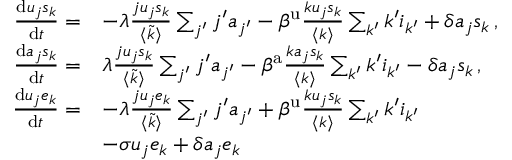
\begin{array} { r l } { \frac { \mathrm { d } u _ { j } s _ { k } } { \mathrm { d } t } = } & { - \lambda \frac { j u _ { j } s _ { k } } { \langle \tilde { k } \rangle } \sum _ { j ^ { \prime } } j ^ { \prime } a _ { j ^ { \prime } } - \beta ^ { \mathrm { u } } \frac { k u _ { j } s _ { k } } { \langle k \rangle } \sum _ { k ^ { \prime } } k ^ { \prime } i _ { k ^ { \prime } } + \delta a _ { j } s _ { k } \, , } \\ { \frac { \mathrm { d } a _ { j } s _ { k } } { \mathrm { d } t } = } & { \lambda \frac { j u _ { j } s _ { k } } { \langle \tilde { k } \rangle } \sum _ { j ^ { \prime } } j ^ { \prime } a _ { j ^ { \prime } } - \beta ^ { \mathrm { a } } \frac { k a _ { j } s _ { k } } { \langle k \rangle } \sum _ { k ^ { \prime } } k ^ { \prime } i _ { k ^ { \prime } } - \delta a _ { j } s _ { k } \, , } \\ { \frac { \mathrm { d } u _ { j } e _ { k } } { \mathrm { d } t } = } & { - \lambda \frac { j u _ { j } e _ { k } } { \langle \tilde { k } \rangle } \sum _ { j ^ { \prime } } j ^ { \prime } a _ { j ^ { \prime } } + \beta ^ { \mathrm { u } } \frac { k u _ { j } s _ { k } } { \langle k \rangle } \sum _ { k ^ { \prime } } k ^ { \prime } i _ { k ^ { \prime } } } \\ { \: } & { - \sigma u _ { j } e _ { k } + \delta a _ { j } e _ { k } \, } \end{array}